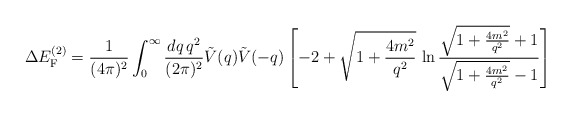
\begin{align*}\Delta E_{\rm F}^{(2)}=\frac{1}{(4\pi)^2}\int_0^\infty \frac{dq\, q^2}{(2\pi)^2}\tilde{V}(q)\tilde{V}(-q) \left[-2+\sqrt{1+\frac{4m^2}{q^2}}\, \ln \frac{\sqrt{1+\frac{4m^2}{q^2}}+1} {\sqrt{1+\frac{4m^2}{q^2}}-1}\right] \end{align*}